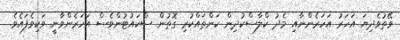
ވޭތުވެދިޔަ އަހަރު އަހަރެންނާއި މެދު ކްލާސްކުދިން ކަންތައްކުރި ގޮތުން ސްކައުޓުންވެސް އަހަރެންވާނީ ވަކިވެފައެވެ.